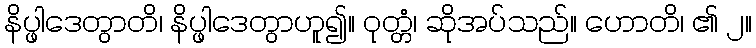
နိပ္ဖါဒေတွာတိ၊ နိပ္ဖါဒေတွာဟူ၍။ ဝုတ္တံ၊ ဆိုအပ်သည်။ ဟောတိ၊ ၏ ၂။